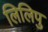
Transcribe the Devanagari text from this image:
लिलिपु